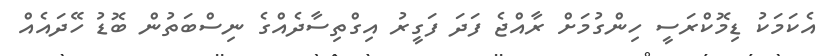
އެކަމަކު ޑިމޮކްރަސީ ހިންގުމަށް ރާއްޖެ ފަދަ ފަގީރު އިގްތިސާދެއްގެ ނިސްބަތުން ބޮޑު ހޭދައެއް